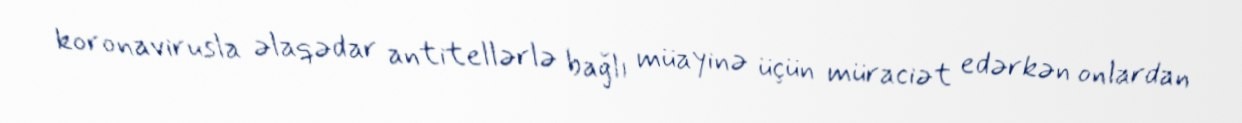
koronavirusla əlaqədar antitellərlə bağlı müayinə üçün müraciət edərkən onlardan